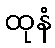
ထုနံ